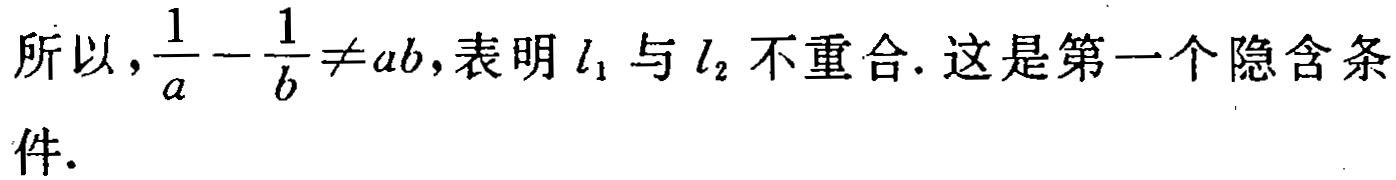
所以，\(\frac{1}{a}-\frac{1}{b}\neq ab\)，表明 \(l_1\) 与 \(l_2\) 不重合. 这是第一个隐含条件.